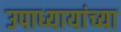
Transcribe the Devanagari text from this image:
उपाध्यायांच्या